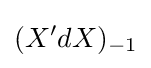
(X'dX)_{-1}